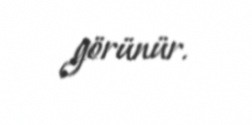
görünür.